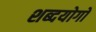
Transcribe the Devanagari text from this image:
शब्दयोगों